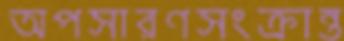
অপসারণসংক্রান্ত